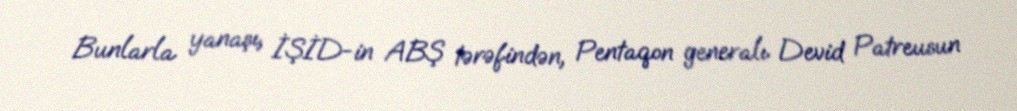
Bunlarla yanaşı, İŞİD-in ABŞ tərəfindən, Pentaqon generalı Devid Patreusun